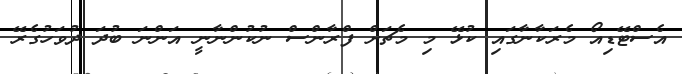
އެސްޓޭޑިއޯ މެރަކާނާގައި ކުޅޭ މި މެޗަށް ފްރާންސް ނުކުންނާނީ އަންނަ ބުދަ ދުވަހުގެރޭ